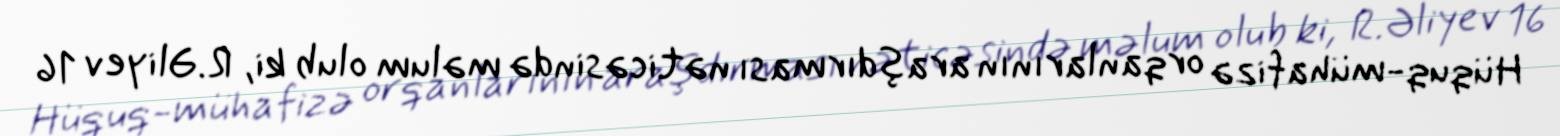
Hüquq-mühafizə orqanlarının araşdırması nəticəsində məlum olub ki, R.Əliyev 16